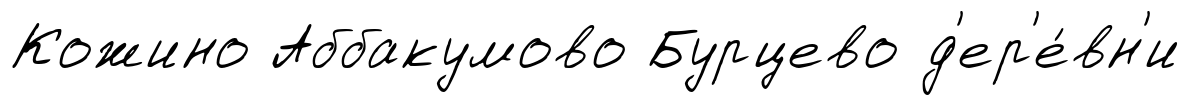
Кожино Аббакумово Бурцево д'ер'е́вн'и